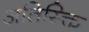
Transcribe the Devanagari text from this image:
अतिस्क्ति